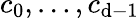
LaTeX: c_{0},\dots,c_{\mathrm{d}-1}